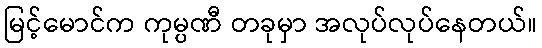
မြင့်မောင်က ကုမ္ပဏီ တခုမှာ အလုပ်လုပ်နေတယ်။